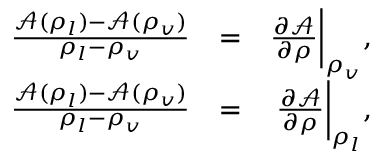
\begin{array} { r l r } { \frac { \mathcal { A } ( \rho _ { l } ) - \mathcal { A } ( \rho _ { v } ) } { \rho _ { l } - \rho _ { v } } } & { = } & { \frac { \partial \mathcal { A } } { \partial \rho } \bigg \vert _ { \rho _ { v } } , } \\ { \frac { \mathcal { A } ( \rho _ { l } ) - \mathcal { A } ( \rho _ { v } ) } { \rho _ { l } - \rho _ { v } } } & { = } & { \frac { \partial \mathcal { A } } { \partial \rho } \bigg \vert _ { \rho _ { l } } , } \end{array}